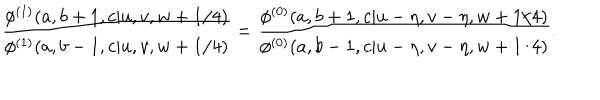
\displaystyle { \frac { \phi ^ { ( 1 ) } ( a , b + 1 , c | u , v , w + 1 / 4 ) } { \phi ^ { ( 1 ) } ( a , b - 1 , c | u , v , w + 1 / 4 ) } } = \displaystyle { \frac { \phi ^ { ( 0 ) } ( a , b + 1 , c | u - \eta , v - \eta , w + 1 / 4 ) } { \phi ^ { ( 0 ) } ( a , b - 1 , c | u - \eta , v - \eta , w + 1 / 4 ) } } .